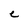
Character: C